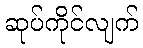
ဆုပ်ကိုင်လျက်